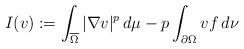
LaTeX: \begin{align*} I(v):=\int_{\overline{\Omega}}|\nabla v|^{p}\,d\mu-p\int_{\partial{\Omega}}v f\,d\nu \end{align*}